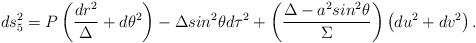
\begin{align*}ds_5^2 = P\left(\frac{dr^2}{\Delta}+d\theta ^2\right) -\Delta sin^2 \theta d\tau^2 +\left(\frac{\Delta-a^2sin^2\theta}{\Sigma}\right)\left( du^2 + dv^2 \right).\end{align*}